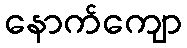
နောက်ကျော